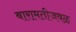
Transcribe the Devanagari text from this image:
बारामतीजवळ